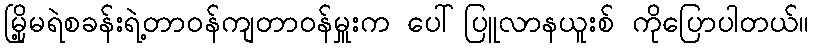
မြို့မရဲစခန်းရဲ့တာဝန်ကျတာဝန်မှူးက ပေါ်ပြူလာနယူးစ် ကိုပြောပါတယ်။